Report on sanitation, dispensaries, and jails in Rajputana for 1915, and on vaccination for the year 1915-1916 - 1915-1916
Year: 1915
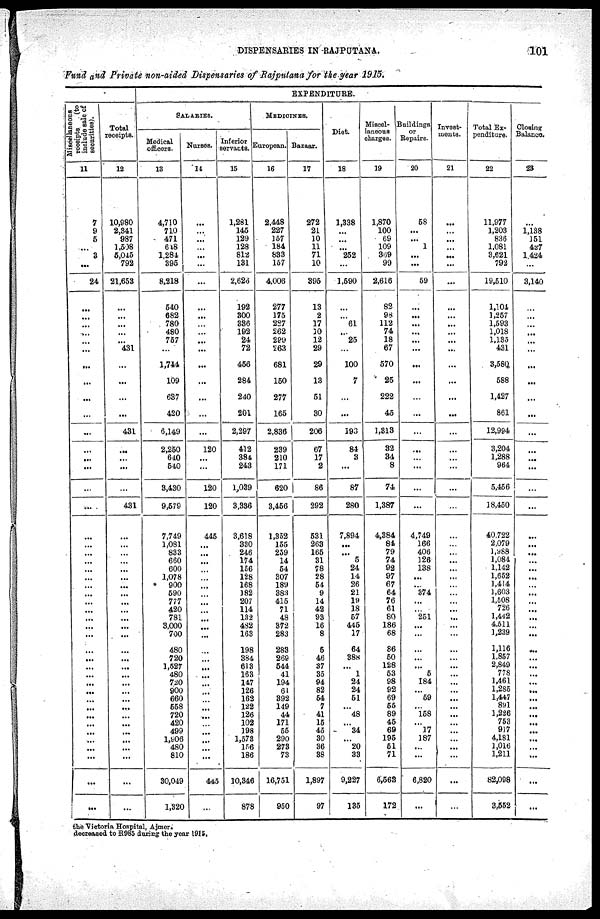
DISPENSARIES IN RAJPUTANA.
101
Fund and Private non-aided Dispensaries of Rajputana for the year 1915.
Miscellaneous
receipts
(to
include sale of
securities).
11
7
9
5
...
3
...
24
...
...
...
...
...
...
...
...
...
...
...
...
...
...
...
...
...
...
...
...
...
...
...
...
...
...
...
...
...
...
...
...
...
...
...
...
...
...
...
...
...
...
...
...
...
Total
receipts.
12
10,980
2,341
987
1,508
5,045
792
21,653
...
...
...
...
...
431
...
...
...
...
431
...
...
...
...
431
...
...
...
...
...
...
...
...
...
...
...
...
...
...
...
...
...
...
...
...
...
...
...
...
...
...
...
...
...
EXPENDITURE.
SALARIES.
Medical
officers.
13
4,710
710
471
648
1,284
395
8,218
540
682
780
480
757
...
1,744
109
637
420
6,149
2,250
640
540
3,430
9,579
7,749
1,081
833
660
600
1,078
900
590
777
420
781
3,000
700
480
720
1,527
480
720
900
660
558
720
420
499
1,906
480
810
30,049
1,320
Nurses.
14
...
...
...
...
...
...
...
...
...
...
...
...
...
...
...
...
...
...
120
...
...
120
120
445
...
...
...
...
...
...
...
...
...
...
...
...
...
...
...
...
...
...
...
...
...
...
...
...
...
...
445
...
Inferior
servants.
15
1,281
145
129
128
812
131
2,626
192
300
336
192
24
72
456
284
240
201
2,297
412
384
243
1,039
3,336
3,618
330
246
174
156
128
168
182
207
114
132
482
163
198
384
613
163
147
126
162
122
126
102
198
1,573
156
186
10,346
878
MEDICINES.
European.
16
2,448
227
157
184
833
157
4,006
277
175
287
262
299
263
681
150
277
165
2,836
239
210
171
620
3,456
1,352
155
259
14
54
307
189
383
415
71
48
372
283
283
269
544
41
194
61
392
149
44
171
55
290
273
73
16,751
950
Bazaar.
17
272
21
10
11
71
10
395
13
2
17
10
12
29
29
13
51
30
206
67
17
2
86
292
531
263
165
31
78
28
54
9
14
42
93
16
8
5
46
37
35
94
82
54
7
41
15
45
30
36
38
1,897
97
Diet.
18
1,338
...
...
...
252
...
1,590
...
...
61
...
25
...
100
7
...
...
193
84
3
...
87
280
7,894
...
...
5
24
14
26
21
19
18
57
445
17
64
388
...
1
24
24
51
...
48
...
34
...
20
33
9,227
135
Miscel¬
laneous
charges.
19
1,870
100
69
109
369
99
2,616
82
98
112
74
18
67
570
25
222
45
1,313
32
34
8
74
1,387
4,384
84
79
74
92
97
67
64
76
61
80
186
68
86
50
128
53
98
92
69
55
89
45
69
195
51
71
6,563
172
Buildings
or
Repairs.
20
58
...
...
1
...
...
59
...
...
...
...
...
...
...
...
...
...
...
...
...
...
...
...
4,749
166
406
126
138
...
...
374
...
...
251
...
...
...
...
...
5
184
...
59
...
158
...
17
187
...
...
6,820
...
Invest-
ments.
21
...
...
...
...
...
...
...
...
...
...
...
...
...
...
...
...
...
...
...
...
...
...
...
...
...
...
...
...
...
...
...
...
...
...
...
...
...
...
...
...
...
...
...
...
...
...
...
...
...
...
...
...
Total Ex-
penditure.
22
11,977
1,203
836
1,081
3,621
792
19,510
1,104
1,257
1,593
1,018
1,135
431
3,580
588
1,427
861
12,994
3,204
1,288
964
5,456
18,450
40,722
2,079
1,988
1,084
1,142
1,652
1,414
1,603
1,508
726
1,442
4,511
1,239
1,116
1,857
2,849
778
1,461
1,285
1,447
891
1,226
753
917
4,181
1,016
1,211
82,098
3,552
Closing
Balance.
23
...
1,138
151
427
1,424
...
3,140
...
...
...
...
...
...
...
...
...
...
...
...
...
...
...
...
...
...
...
...
...
...
...
...
...
...
...
...
...
...
...
...
...
...
...
...
...
...
...
...
...
...
...
...
...
the Victoria Hospital, Ajmer.
decreased to R985 during the year 1915.